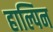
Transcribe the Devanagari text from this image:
हाल्पिन